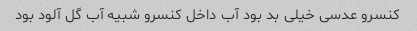
کنسرو عدسی خیلی بد بود آب داخل کنسرو شبیه آب گل آلود بود